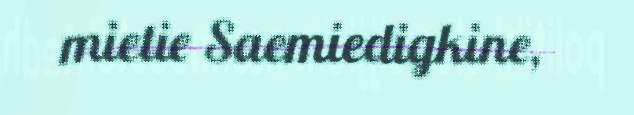
mietie Saemiedigkine,